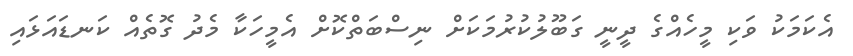
އެކަމަކު ވަކި މީހެއްގެ ދީނީ ގަބޫލުކުރުމަކަށް ނިސްބަތްކޮށް އެމީހަކާ މެދު ގޮތެއް ކަނޑައަޅައި